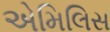
એમિલિસ